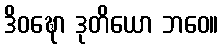
ဒိဝဍ္ဎော ဒုတိယော ဘဝေ။